Report on horse surra - Volume I
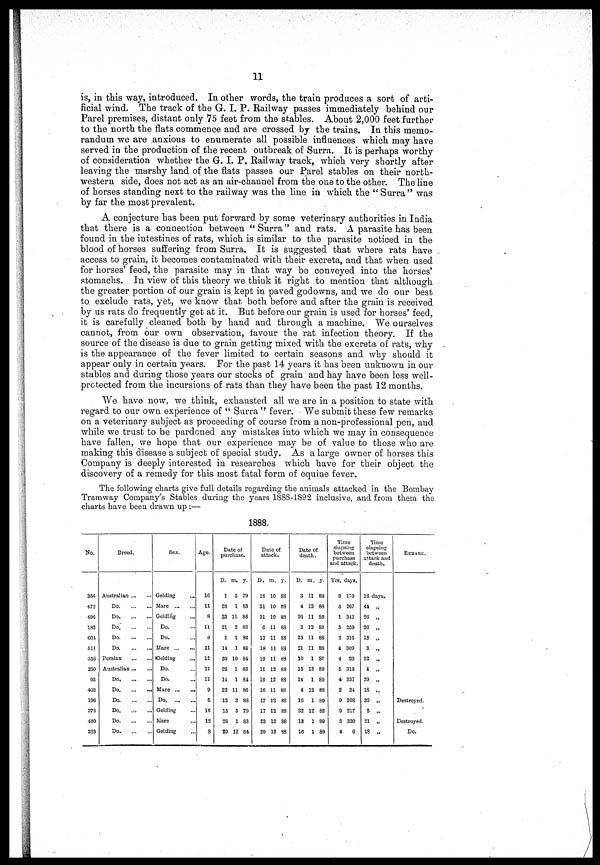
11
is, in this way, introduced. In other words, the train produces a sort of arti-
ficial wind. The track of the G. I. P. Railway passes immediately behind our
Parel premises, distant only 75 feet from the stables. About 2,000 feet further
to the north the flats commence and are crossed by the trains. In this memo-
randum we are anxious to enumerate all possible influences which may have
served in the production of the recent outbreak of Surra. It is perhaps worthy
of consideration whether the G. I. P.. Railway track, which very shortly after
leaving the marshy land of the flats passes our Parel stables on their north-
western side, does not act as an air-channel from the one to the other. The line
of horses standing next to the railway was the line in which the "Surra" was
by far the most prevalent.
A conjecture has been put forward by some veterinary authorities in India
that there is a connection between "Surra" and rats. A parasite has been
found in the intestines of rats, which is similar to the parasite noticed in the
blood of horses suffering from Surra. It is suggested that where rats have
access to grain, it becomes contaminated with their excreta, and that when used
for horses' feed, the parasite may in that way be conveyed into the horses'
stomachs. In view of this theory we think it right to mention that although
the greater portion of our grain is. kept in paved godowns, and we do our best
to. exclude rats, yet, we know that both before and after the grain is received
by us rats do frequently get at it. But before our grain is used for horses' feed,
it is carefully cleaned both by hand and through a machine. We ourselves
cannot, from our own observation, favour the rat infection theory. If the
source of the disease is due to grain getting mixed with the excreta of rats, why
is the appearance of the fever limited to certain seasons and why should it
appear only in certain years. For the past 14 years it has been unknown in our
stables and during those years our stocks of grain and hay have been less well-
protected from the incursions of rats than they have been the past 12 months.
We have now. we think, exhausted all we are in a position to state with
regard to our own experience of " Surra " fever. We submit these few remarks
on a veterinary subject as proceeding of course from a non-professional pen, and
while we trust to be pardoned any mistakes into which we may in consequence
have fallen, we hope that our experience may be of value to those who are
making this disease a subject of special study. As a large owner of horses this
Company is deeply interested in researches which have for their object the
discovery of a remedy for this most fatal form of equine fever.
The following charts give full details regarding the animals attacked in the Bombay
Tramway Company's Stables during the years 1888-1892 inclusive, and from them the
charts have been drawn up :—
1888.
No.
366
472
496
182
604
511
356
230
93
403
196
373
480
323
Breed.
Australian ...
Do
Do
Do.
Do
Do
Persian
Australian
Do
Do
Do
Do
Do
Do
Sex.
Gelding
Mare
Gelding
Do.
Do.
Mare
Gelding
...
Do.
Do.
Mare
Do
Gelding
Mare
Gelding
Age.
16
11
8
11
8
11
11
11
11
9
6
16
12
8
Date of
purchase.
D.
1
28
23
21
1
14
30
28
14
22
13
15
28
29
m.
5
1
11
2
1
1
10
1
1
11
2
5
1
12
y.
79
83
86
83
86
84
84
83
84
86
88
79
83
84
Date of
attack.
D.
18
21
31
6
12
18
19
11
16
16
17
17
23
29
m.
10
10
10
11
11
11
11
12
12
11
12
12
12
12
y.
88
88
88
88
88
88
88
88
88
88
88
88
88
88
Date of
death.
D.
3
4
26
2
25
21
10
15
14
4
16
22
13
16
m.
11
12
11
12
11
11
1
12
1
12
1
12
1
1
y.
88
88
88
88
88
88
88
88
89
88
89
88
89
89
Time
elapsing
between
purchase
and attack.
Yrs.
9
5
1
5
2
4
4
5
4
2
0
9
5
4
days.
170
267
343
259
316
309
20
318
337
24
308
217
330
0
Time
elapsing
between
attack and
death.
16 days.
44 „
26 „
26 „
13 „
3 „
52 „
4 „
29 „
18 „
30 „
5 „
21 „
18 „
REMARK.
Destroyed.
Destroyed.
Do.